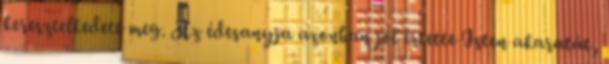
keresztelkedett meg. Az édesanyja azonban jól értette Isten akaratát,